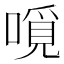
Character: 𠼽